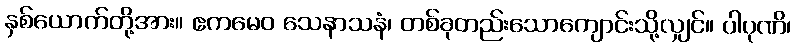
နှစ်ယောက်တို့အား။ ဧကမေဝ သေနာသနံ၊ တစ်ခုတည်းသောကျောင်းသို့လျှင်။ ပါပုဏိ၊